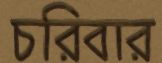
চরিবার